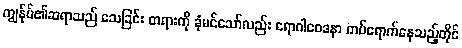
ကျွန်ုပ်၏ဆရာသည် သေခြင်း တရားကို ခုံမင်သော်လည်း ရောဂါဝေဒနာ ကပ်ရောက်နေသည့်တိုင်